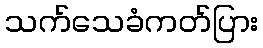
သက်သေခံကတ်ပြား